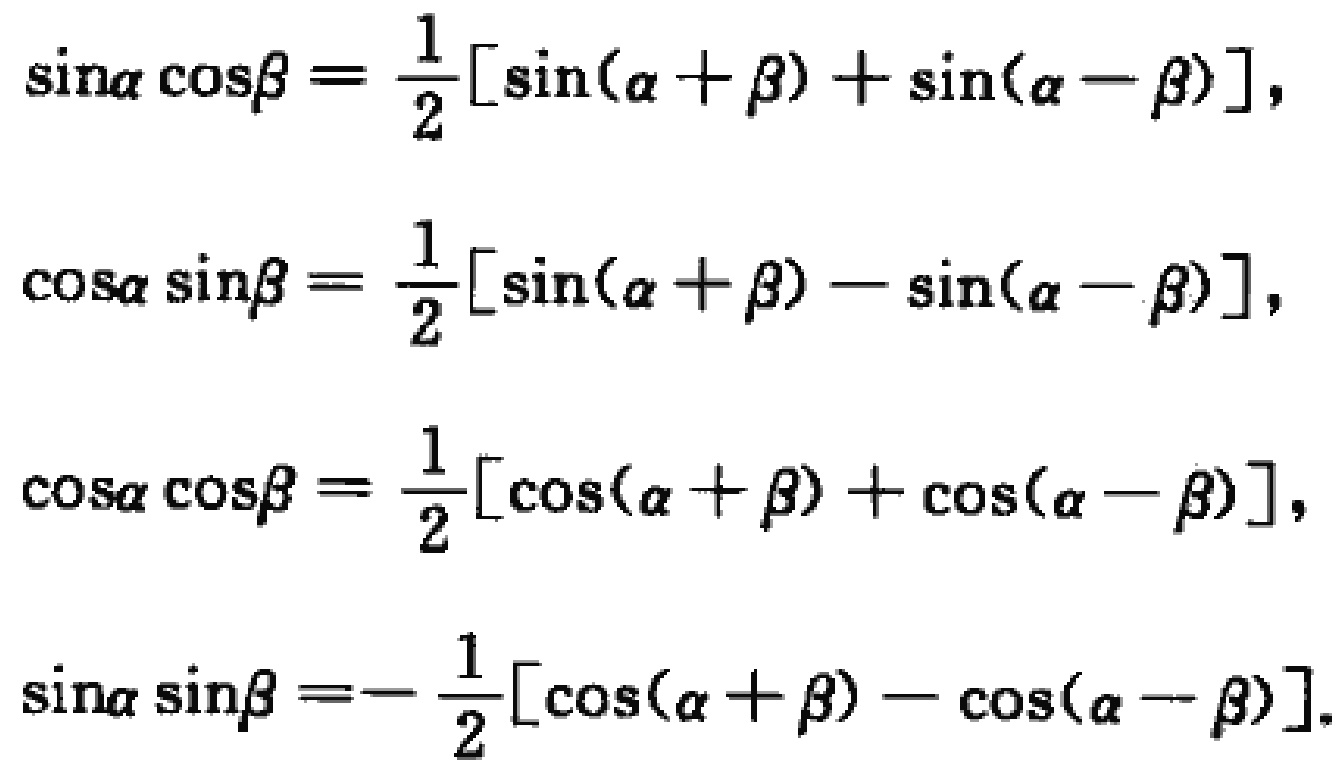
\[\begin{align*}

\sin\alpha\cos\beta&=\frac{1}{2}[\sin(\alpha + \beta)+\sin(\alpha - \beta)],\\

\cos\alpha\sin\beta&=\frac{1}{2}[\sin(\alpha + \beta)-\sin(\alpha - \beta)],\\

\cos\alpha\cos\beta&=\frac{1}{2}[\cos(\alpha + \beta)+\cos(\alpha - \beta)],\\

\sin\alpha\sin\beta&=-\frac{1}{2}[\cos(\alpha + \beta)-\cos(\alpha - \beta)].

\end{align*}\]